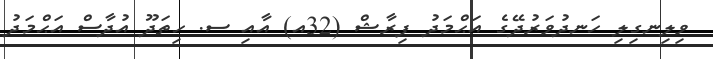
ވިލިނގިލި ހަނދުވަރުދޭގެ އަޙްމަދު ފިރާޝް (32އ) އާއި ސ. ހިތަދޫ އުދާސް އަޙްމަދު